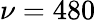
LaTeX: \nu=480